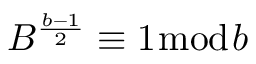
B ^ { \frac { b - 1 } { 2 } } \equiv 1 { \bmod { b } }